Civil Veterinary Department Bihar & Orissa reports 1929-36 - 1929-1936
Year: 1929
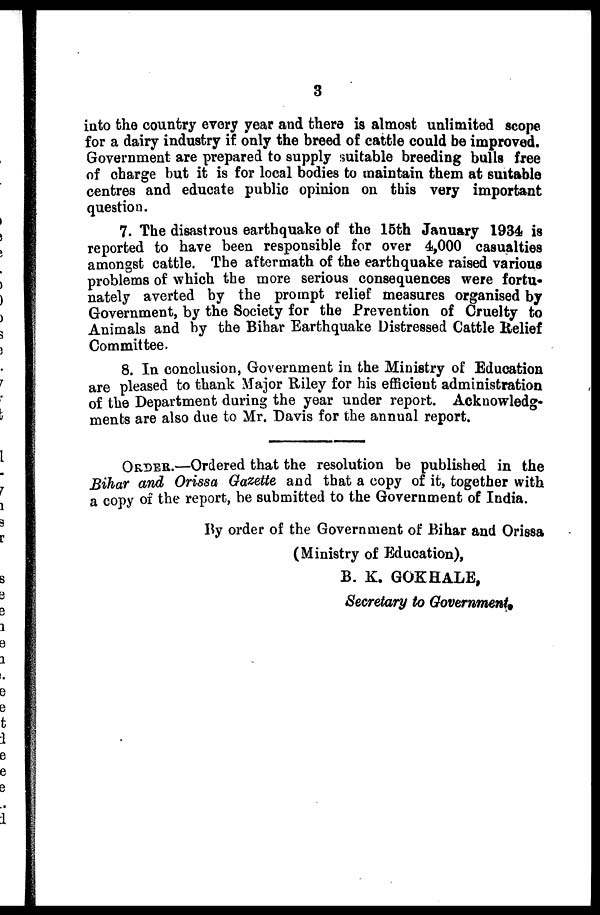
3
into the country every year and there is almost unlimited scope
for a dairy industry if only the breed of cattle could be improved.
Government are prepared to supply suitable breeding bulls free
of charge but it is for local bodies to maintain them at suitable
centres and educate public opinion on this very important
question.
7. The disastrous earthquake of the 15th January 1934 is
reported to have been responsible for over 4,000 casualties
amongst cattle. The aftermath of the earthquake raised various
problems of which the more serious consequences were fortu-
nately averted by the prompt relief measures organised by
Government, by the Society for the Prevention of Cruelty to
Animals and by the Bihar Earthquake Distressed Cattle Belief
Committee.
8. In conclusion, Government in the Ministry of Education
are pleased to thank Major Riley for his efficient administration
of the Department during the year under report. Acknowledg-
ments are also due to Mr. Davis for the annual report.
ORDER.—Ordered that the resolution be published in the
Bihar and Orissa Gazette and that a copy of it, together with
a copy of the report, be submitted to the Government of India.
By order of the Government of Bihar and Orissa
(Ministry of Education),
B. K. GOKHALE,
Secretary to Government.